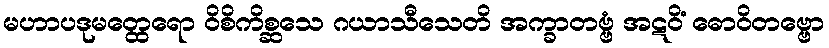
မဟာပဒုမတ္ထေရော ဝိစိကိစ္ဆသေ ဂယာသီသေတိ အက္ခာတဗ္ဗံ အဋဝိံ ဓောဝိတဗ္ဗော